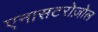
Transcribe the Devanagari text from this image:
एनासटरोज़ोल